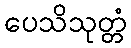
ပေသိသုတ္တံ